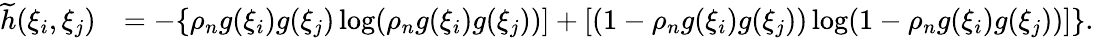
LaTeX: \begin{array}{rl}{\widetilde{h}(\xi_{i},\xi_{j})}&{=-\{ \rho_{n}{g}(\xi_{i}){g}(\xi_{j})\log({\rho}_{n}{g}(\xi_{i}){g}(\xi_{j}))]+[(1-{\rho}_{n}{g}(\xi_{i}){g}(\xi_{j}))\log(1-{\rho}_{n}{g}(\xi_{i}){g}(\xi_{j}))]\} .}\end{array}